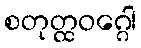
စတုတ္ထဝဂ္ဂေါ